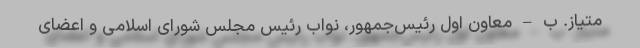
متیاز. ب – معاون اول رئیس‌جمهور، نواب رئیس مجلس شورای اسلامی و اعضای